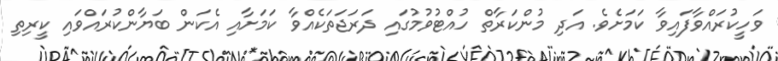
ވަހީކުރައްވާފައިވާ ކަމަށެވެ. އަދި މުންކަރާތް ހުއްޓުވުމުގައި ދަރަޖަތަކެއްވާ ކަމަށާއި އެކަން ބަޔާންކުރައްވައި ކީރިތި